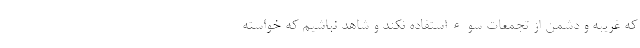
که غریبه و دشمن از تجمعات سوءاستفاده نکند و شاهد نباشیم که خواسته